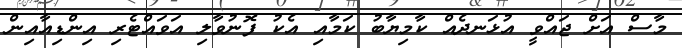
މާސް އަށް ޖައްވީ އުޅަނދެއް ކާމިޔާބު ކަމާއި އެކު ފޮނުވާލި އަވައްޓެރި އިންޑިއާއިން